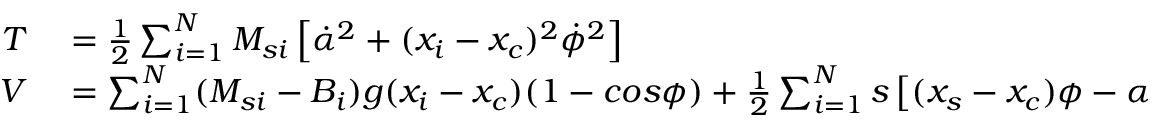
\begin{array} { r l } { T } & { { } = \frac { 1 } { 2 } \sum _ { i = 1 } ^ { N } M _ { s i } \left[ \dot { \alpha } ^ { 2 } + ( x _ { i } - x _ { c } ) ^ { 2 } \dot { \phi } ^ { 2 } \right] } \\ { V } & { { } = \sum _ { i = 1 } ^ { N } ( M _ { s i } - B _ { i } ) g ( x _ { i } - x _ { c } ) ( 1 - c o s \phi ) + \frac { 1 } { 2 } \sum _ { i = 1 } ^ { N } s \left[ ( x _ { s } - x _ { c } ) \phi - \alpha \right] ^ { 2 } } \end{array}